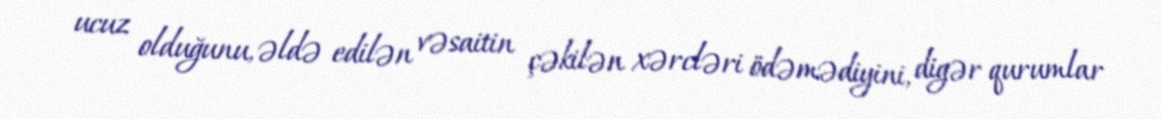
ucuz olduğunu, əldə edilən vəsaitin çəkilən xərcləri ödəmədiyini, digər qurumlar